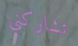
تشاركني